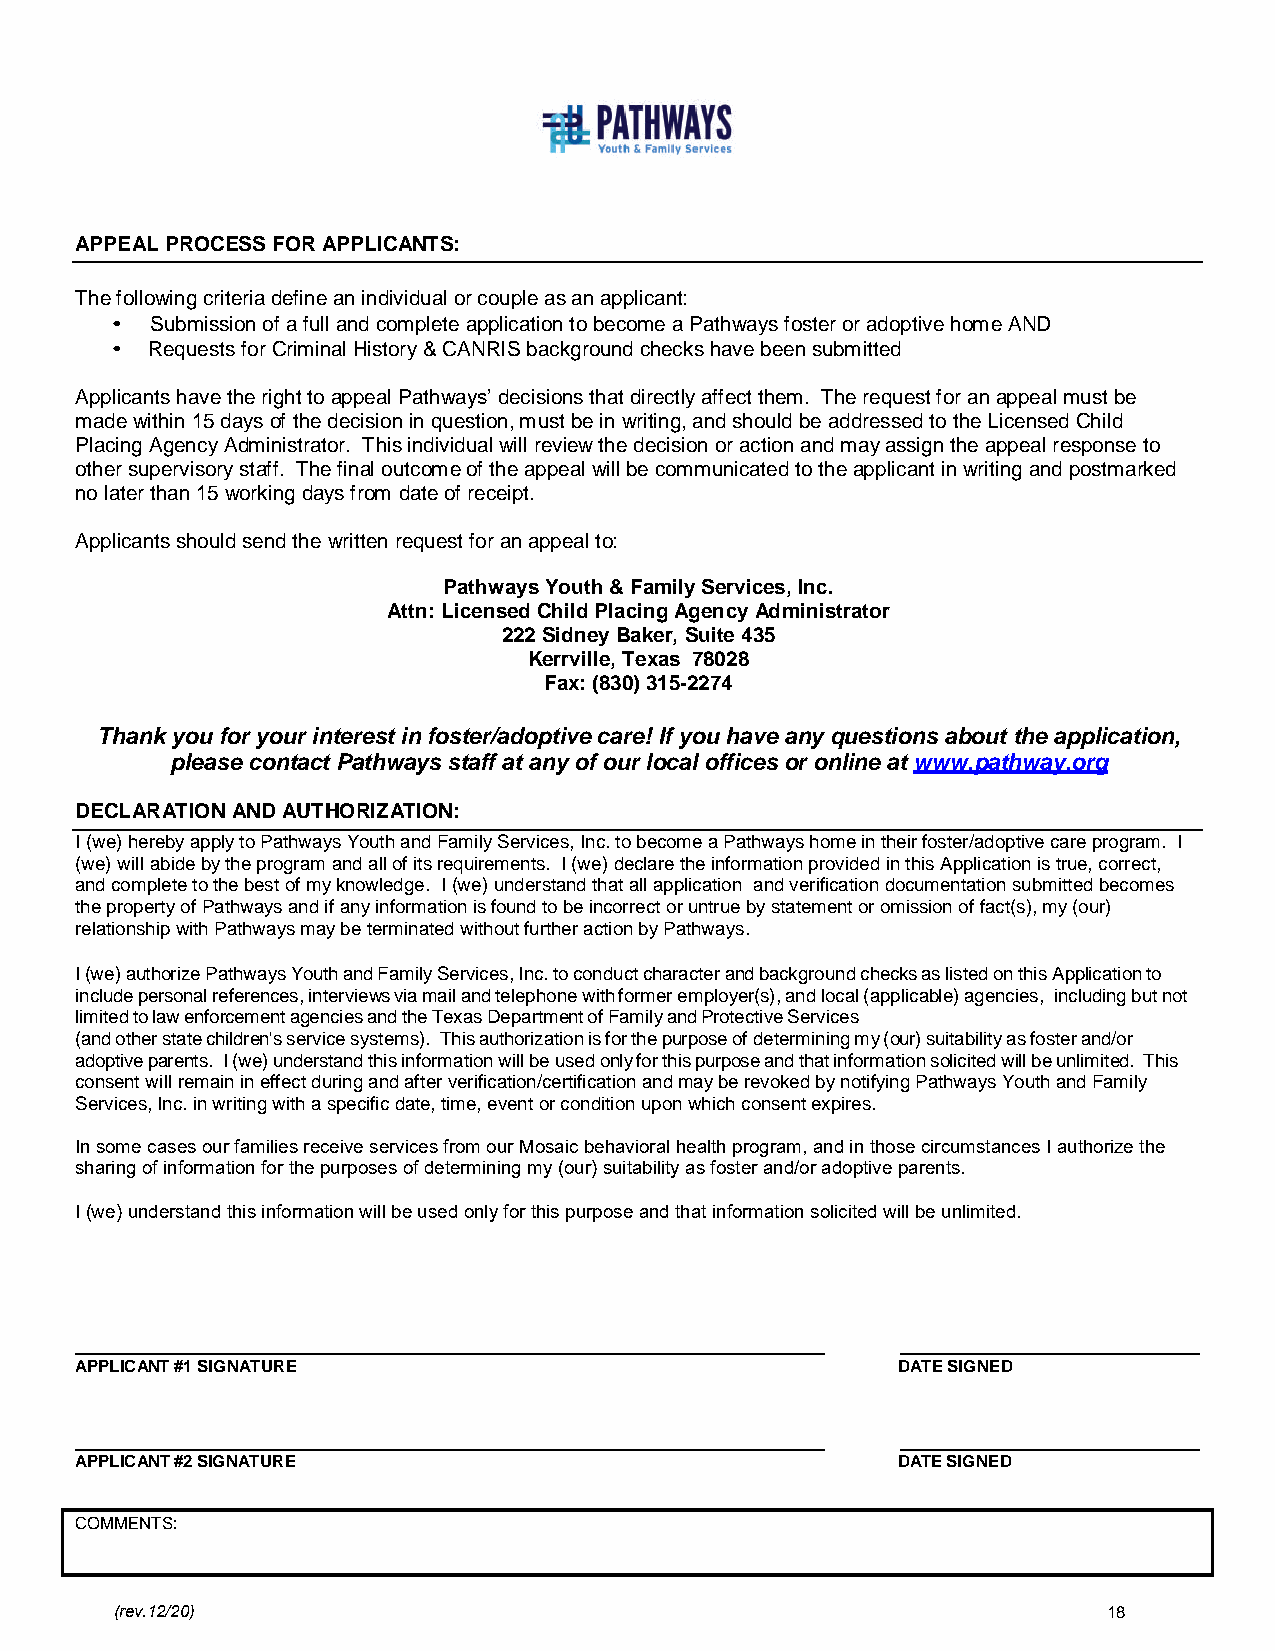
APPEAL PROCESS FOR APPLICANTS:
 The following criteria define an individual or couple as an applicant:
 •  Submission of a full and complete application to become a Pathways foster or adoptive home AND
 •  Requests for Criminal History & CANRIS background checks have been submitted
 Applicants have the right to appeal Pathways’ decisions that directly affect them. The request for an appeal must be
 made within 15 days of the decision in question, must be in writing, and should be addressed to the Licensed Child
 Placing Agency Administrator. This individual will review the decision or action and may assign the appeal response to
 other supervisory staff. The final outcome of the appeal will be communicated to the applicant in writing and postmarked
 no later than 15 working days from date of receipt.
 Applicants should send the written request for an appeal to:
 Pathways Youth & Family Services, Inc.
 Attn: Licensed Child Placing Agency Administrator
 222 Sidney Baker, Suite 435
 Kerrville, Texas 78028
 Fax: (830) 315-2274
 Thank you for your interest in foster/adoptive care! If you have any questions about the application,
 please contact Pathways staff at any of our local offices or online at www.pathway.org
 DECLARATION AND AUTHORIZATION:
 I (we) hereby apply to Pathways Youth and Family Services, Inc. to become a Pathways home in their foster/adoptive care program. I
 (we) will abide by the program and all of its requirements. I (we) declare the information provided in this Application is true, correct,
 and complete to the best of my knowledge. I (we) understand that all application and verification documentation submitted becomes
 the property of Pathways and if any information is found to be incorrect or untrue by statement or omission of fact(s), my (our)
 relationship with Pathways may be terminated without further action by Pathways.
 I (we) authorize Pathways Youth and Family Services, Inc. to conduct character and background checks as listed on this Application to
 include personal references, interviews via mail and telephone with former employer(s), and local (applicable) agencies, including but not
 limited to law enforcement agencies and the Texas Department of Family and Protective Services
 (and other state children's service systems). This authorization is for the purpose of determining my (our) suitability as foster and/or
 adoptive parents. I (we) understand this information will be used only for this purpose and that information solicited will be unlimited. This
 consent will remain in effect during and after verification/certification and may be revoked by notifying Pathways Youth and Family
 Services, Inc. in writing with a specific date, time, event or condition upon which consent expires.
 In some cases our families receive services from our Mosaic behavioral health program, and in those circumstances I authorize the
 sharing of information for the purposes of determining my (our) suitability as foster and/or adoptive parents.
 I (we) understand this information will be used only for this purpose and that information solicited will be unlimited.
 APPLICANT #1 SIGNATURE                                DATE SIGNED
 APPLICANT #2 SIGNATURE                                DATE SIGNED
 COMMENTS:
 (rev.12/20)                                                      18